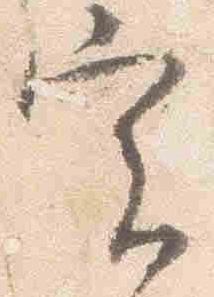
実